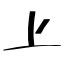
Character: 上